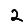
Digit: 2